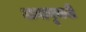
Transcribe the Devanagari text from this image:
अनानुभवी